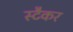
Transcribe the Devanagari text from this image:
स्टैकर